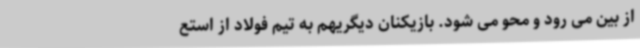
از بین می رود و محو می شود. بازیکنان دیگریهم به تیم فولاد از استع